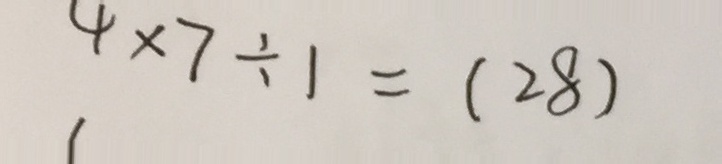
4 \times 7 \div 1 = ( 2 8 )